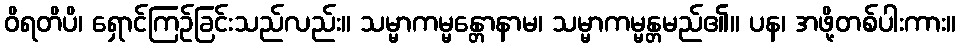
ဝိရတိပိ၊ ရှောင်ကြဉ်ခြင်းသည်လည်း။ သမ္မာကမ္မန္တောနာမ၊ သမ္မာကမ္မန္တမည်၏။ ပန၊ အဖို့တစ်ပါးကား။